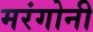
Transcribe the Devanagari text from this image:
मरंगोनी